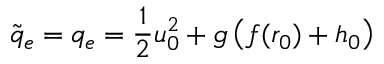
\tilde { q } _ { e } = q _ { e } = \frac { 1 } { 2 } u _ { 0 } ^ { 2 } + g \left( f ( r _ { 0 } ) + h _ { 0 } \right)